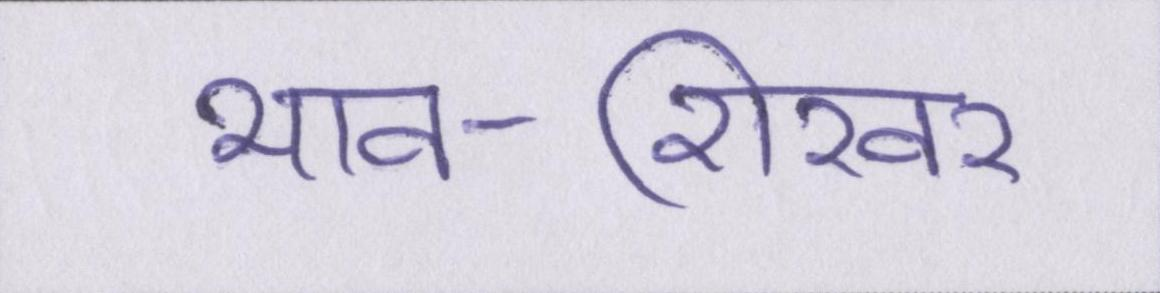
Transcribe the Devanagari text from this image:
भाव-शिखर